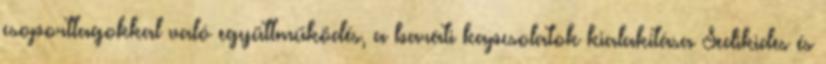
csoporttagokkal való együttműködés, a baráti kapcsolatok kialakítása Sedikides és